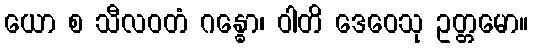
ယော စ သီလဝတံ ဂန္ဓော၊ ဝါတိ ဒေဝေသု ဥတ္တမော။